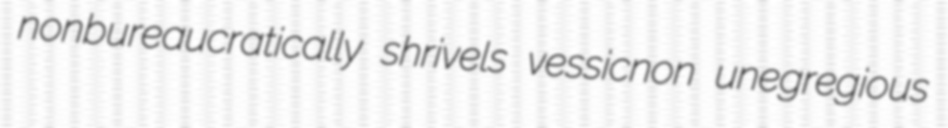
nonbureaucratically shrivels vessicnon unegregious